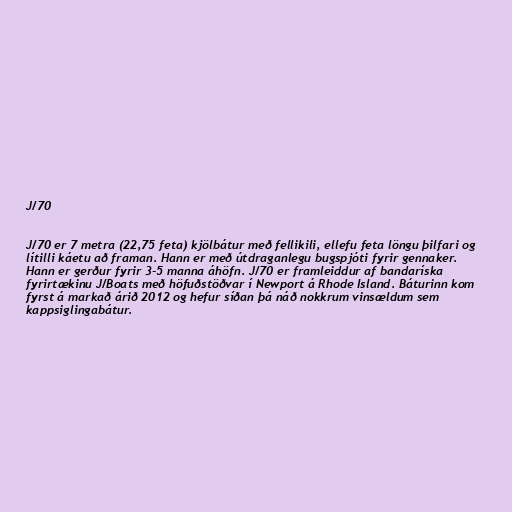
J/70

J/70 er 7 metra (22,75 feta) kjölbátur með fellikili, ellefu feta löngu þilfari og
lítilli káetu að framan. Hann er með útdraganlegu bugspjóti fyrir gennaker.
Hann er gerður fyrir 3-5 manna áhöfn. J/70 er framleiddur af bandaríska
fyrirtækinu J/Boats með höfuðstöðvar í Newport á Rhode Island. Báturinn kom
fyrst á markað árið 2012 og hefur síðan þá náð nokkrum vinsældum sem
kappsiglingabátur.